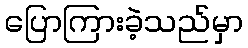
ပြောကြားခဲ့သည်မှာ